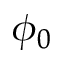
\phi _ { 0 }